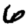
Digit: 6